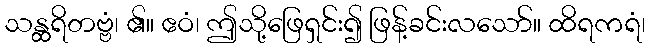
သန္ထရိတဗ္ဗံ၊ ၏။ ဧဝံ၊ ဤသို့ဖြေရှင်း၍ ဖြန့်ခင်းလသော်။ ထိရကရံ၊